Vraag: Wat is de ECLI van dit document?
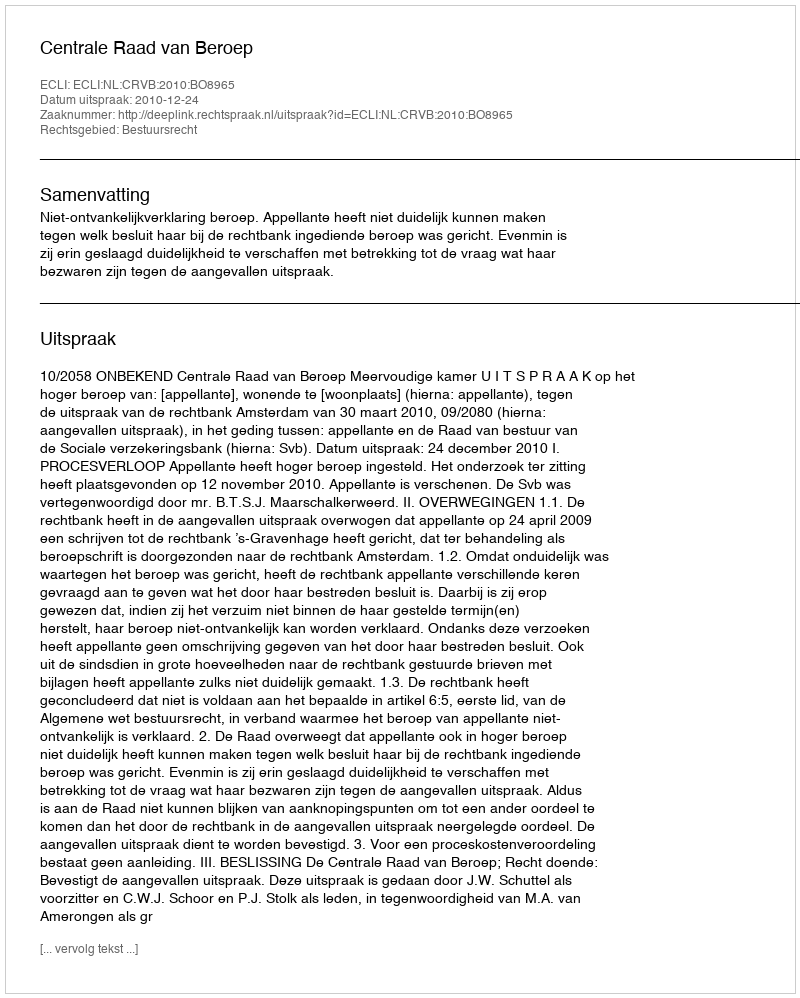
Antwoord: ECLI:NL:CRVB:2010:BO8965